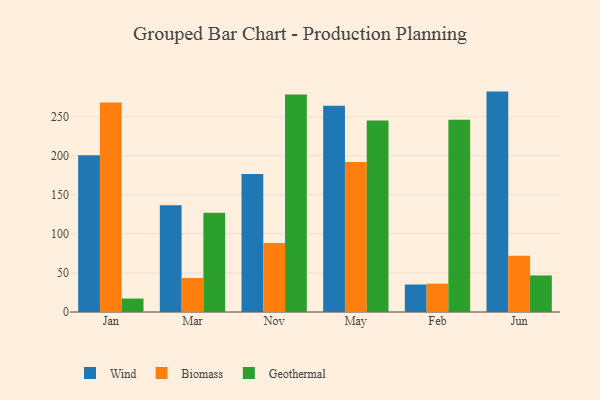
{"axis": {"x": "Month", "y": "Revenue (USD Million)"}, "legend": ["Biomass", "Geothermal", "Wind"], "data": [{"x": "Jan", "y": 200.7, "type": "Wind"}, {"x": "Jan", "y": 268.0, "type": "Biomass"}, {"x": "Jan", "y": 17.2, "type": "Geothermal"}, {"x": "Mar", "y": 136.7, "type": "Wind"}, {"x": "Mar", "y": 43.5, "type": "Biomass"}, {"x": "Mar", "y": 127.0, "type": "Geothermal"}, {"x": "Nov", "y": 176.5, "type": "Wind"}, {"x": "Nov", "y": 88.4, "type": "Biomass"}, {"x": "Nov", "y": 278.4, "type": "Geothermal"}, {"x": "May", "y": 264.1, "type": "Wind"}, {"x": "May", "y": 191.9, "type": "Biomass"}, {"x": "May", "y": 245.0, "type": "Geothermal"}, {"x": "Feb", "y": 35.2, "type": "Wind"}, {"x": "Feb", "y": 36.3, "type": "Biomass"}, {"x": "Feb", "y": 246.2, "type": "Geothermal"}, {"x": "Jun", "y": 282.1, "type": "Wind"}, {"x": "Jun", "y": 72.1, "type": "Biomass"}, {"x": "Jun", "y": 46.8, "type": "Geothermal"}]}